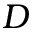
{ \cal D }